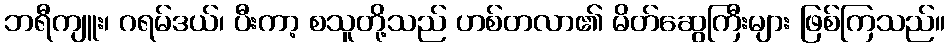
ဘရီကျူး၊ ဂရမ်ဒယ်၊ ပီးကာ့ စသူတို့သည် ဟစ်တလာ၏ မိတ်ဆွေကြီးများ ဖြစ်ကြသည်။